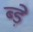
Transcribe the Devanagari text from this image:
ब्ड़े